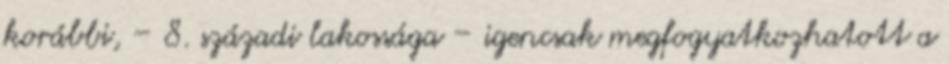
korábbi, – 8. századi lakossága – igencsak megfogyatkozhatott a